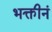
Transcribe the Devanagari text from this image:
भक्तीनं